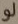
لو